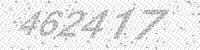
Solution: 462417